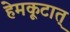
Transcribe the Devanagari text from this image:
हेमकूटात्